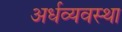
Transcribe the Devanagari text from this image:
अर्धव्यवस्था